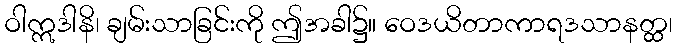
ဝါဣဒါနိ၊ ချမ်းသာခြင်းကို ဤအခါ၌။ ဝေဒယိတာကာရဒသာနတ္ထ၊